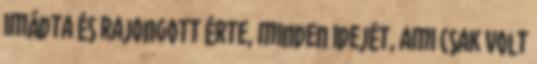
imádta és rajongott érte, minden idejét, ami csak volt